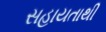
સહાયતાથી